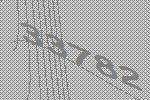
33782